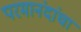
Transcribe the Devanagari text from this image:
परमानंदांचा